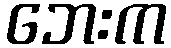
ဘေးက